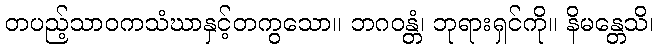
တပည့်သာဝကသံဃာနှင့်တကွသော။ ဘဂဝန္တံ၊ ဘုရားရှင်ကို။ နိမန္တေသိ၊